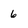
Character: 6